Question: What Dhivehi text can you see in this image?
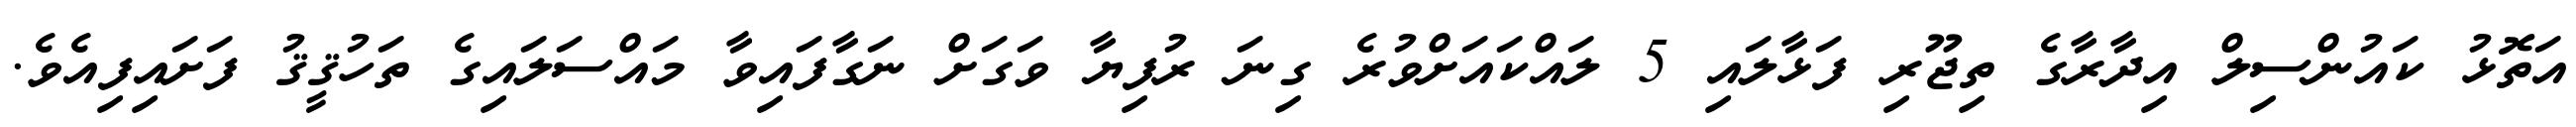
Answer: އަތޮޅު ކައުންސިލް އިދާރާގެ ތިޖޫރި ފަޅާލައި 5 ލައްކައަށްވުރެ ގިނަ ރުފިޔާ ވަގަށް ނަގާފައިވާ މައްސަލައިގެ ތަހުޤީޤު ފަށައިފިއެވެ.